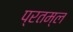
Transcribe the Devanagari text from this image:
प्रतम्ल